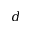
d